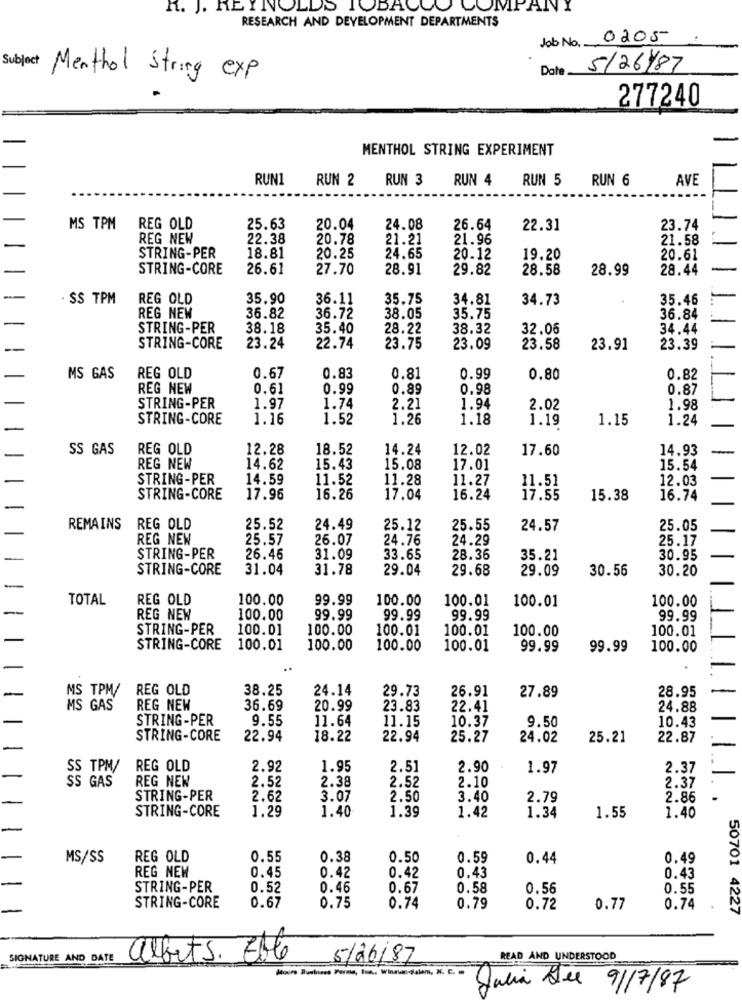
R. J. REYNOLDS TOBACCO COMPANY
RESEARCH AND DEVELOPMENT DEPARTMENTS
Job No. 0205
Date
5126/87
Menthol String exp
277240
MENTHOL STRING EXPERIMENT
RUN1
RUN 2
RUN 3
RUN 4 RUN 5
RUN 6
AVE
MS TPM REG OLD
25.63
20.04
24.08
26.64
22.31
23.74
REG NEW
22.38
20.78
21.21
21.96
21.58
STRING-PER
18.81
20.25
24.65
20.12
19.20
20.61
STRING-CORE
26.61
27.70
28.91
29.82
28.58
28.99
28.44
. SS TPM
REG OLD
35.90
36.11
35.75
34.81
34.73
35.46
REG NEW
36.82
36.72
38.05
35.75
36.84
STRING-PER
38.18
35.40
28.22
38.32
32.06
34.44
STRING-CORE
23.24
22.74
23.75
23.09
23.58
23.91
23.39
MS GAS
REG OLD
0.67
0.83
0.81
0.99
0.80
0.82
REG NEW
0.61
0.99
0.89
0.98
0.87
STRING-PER
1.97
1.74
2.21
1.94
2.02
1.98
STRING-CORE
1.16
1.52
1.26
1.18
1.19
1.15
1.24
SS GAS
REG OLD
12.28
18.52
14.24
12.02
17.60
14.93
REG NEW
14.62
15.43
15.08
17.01
15.54
STRING-PER
14.59
11.52
11.28
11.27
11.51
12.03
STRING-CORE
17.96
16.26
17.04
16.24
17.55
15.38
16.74
REMAINS
REG OLD
25.52
24.49
25.12
25.55
24.57
25.05
REG NEW
25.57
26.07
24.76
24.29
25.17
STRING-PER
26.46
31.09
33.65
28.36
35.21
30.95
STRING-CORE
31.04
31.78
29.04
29.68
29.09
30.56
30.20
TOTAL
REG OLD
100.00
99.99
100.00
100.01
100.01
100.00
REG NEW
100.00
99.99
99.99
99.99
99.99
STRING-PER
100.01
100.00
100.01
100.01
100.00
100.01
STRING-CORE
100.01
100.00
100.00
100.01
99.99
99.99
100.00
REG OLD
38.25
24.14
29.73
26.91
27.89
28.95
MS TPM/
MS GAS
REG NEW
36.69
20.99
23.83
22.41
24.88
STRING-PER
9.55
11.64
11.15
10.37
9.50
10.43
STRING-CORE
22.94
18.22
22.94
25.27
24.02
25.21
22.87
SS TPM/
REG OLD
2.92
1.95
2.51
2.90
1.97
2.37
SS GAS
REG NEW
2.52
2.38
2.52
2.10
2.37
STRING-PER
2.62
3.07
2.50
3.40
2.79
2.86
STRING-CORE
1.29
1.40
1.39
1.42
1.34
1.55
1.40
MS/SS
REG OLD
0.55
0.38
0.50
0.59
0.44
0.49
REG NEW
0.45
0.42
0.42
0.43
0.43
STRING-PER
0.52
0.46
0.67
0.58
0.56
0.55
STRING-CORE
0.67
0.75
0.74
0.79
0.72
0.77
0.74
50701 4227
SIGNATURE AND DATE
alberts. Elle
5/06/87
READ AND UNDERSTOOD
Julia See 9/7/87